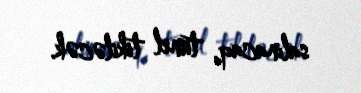
salınacaq, tunel tikiləcək.